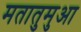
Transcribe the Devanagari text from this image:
मतातुमुआ